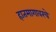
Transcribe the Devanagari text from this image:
हातमागावरचे